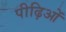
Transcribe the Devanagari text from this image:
पीढ़िओं